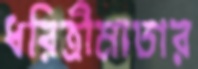
ধরিত্রীমাতার